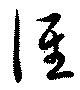
徑